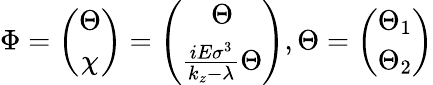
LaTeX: \Phi=\left(\begin{array}{c}{{\Theta}}\\ {{\chi}}\end{array}\right)=\left(\begin{array}{c}{{\Theta}}\\ {{\frac{iE\sigma^{3}}{k_{z}-\lambda}\Theta}}\end{array}\right),\Theta=\left(\begin{array}{c}{{\Theta_{1}}}\\ {{\Theta_{2}}}\end{array}\right)